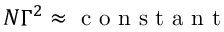
N \Gamma ^ { 2 } \approx \mathrm { ~ c ~ o ~ n ~ s ~ t ~ a ~ n ~ t ~ }